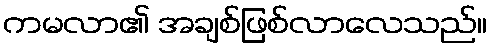
ကမလာ၏ အချစ်ဖြစ်လာလေသည်။